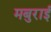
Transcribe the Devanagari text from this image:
मबुराई